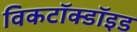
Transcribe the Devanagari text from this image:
विकटॉक्डॉइड